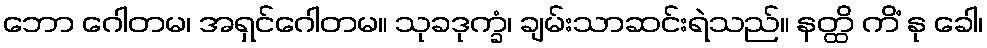
ဘော ဂေါတမ၊ အရှင်ဂေါတမ။ သုခဒုက္ခံ၊ ချမ်းသာဆင်းရဲသည်။ နတ္ထိ ကိံ နု ခေါ၊